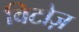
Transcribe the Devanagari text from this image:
विटोज़